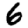
Digit: 6